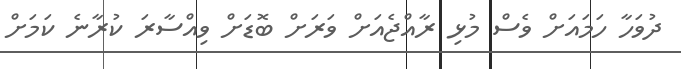
ދުވަހާ ހަމައަށް ވެސް މުޅި ރާއްޖެއަށް ވަރަށް ބޮޑަށް ވިއްސާރަ ކުރާނެ ކަމަށް